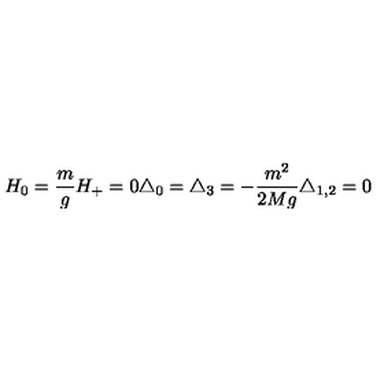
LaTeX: H _ { 0 } = \frac { m } { g } H _ { + } = 0 \triangle _ { 0 } = \triangle _ { 3 } = - \frac { m ^ { 2 } } { 2 M g } \triangle _ { 1 , 2 } = 0